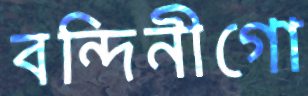
বন্দিনীগো